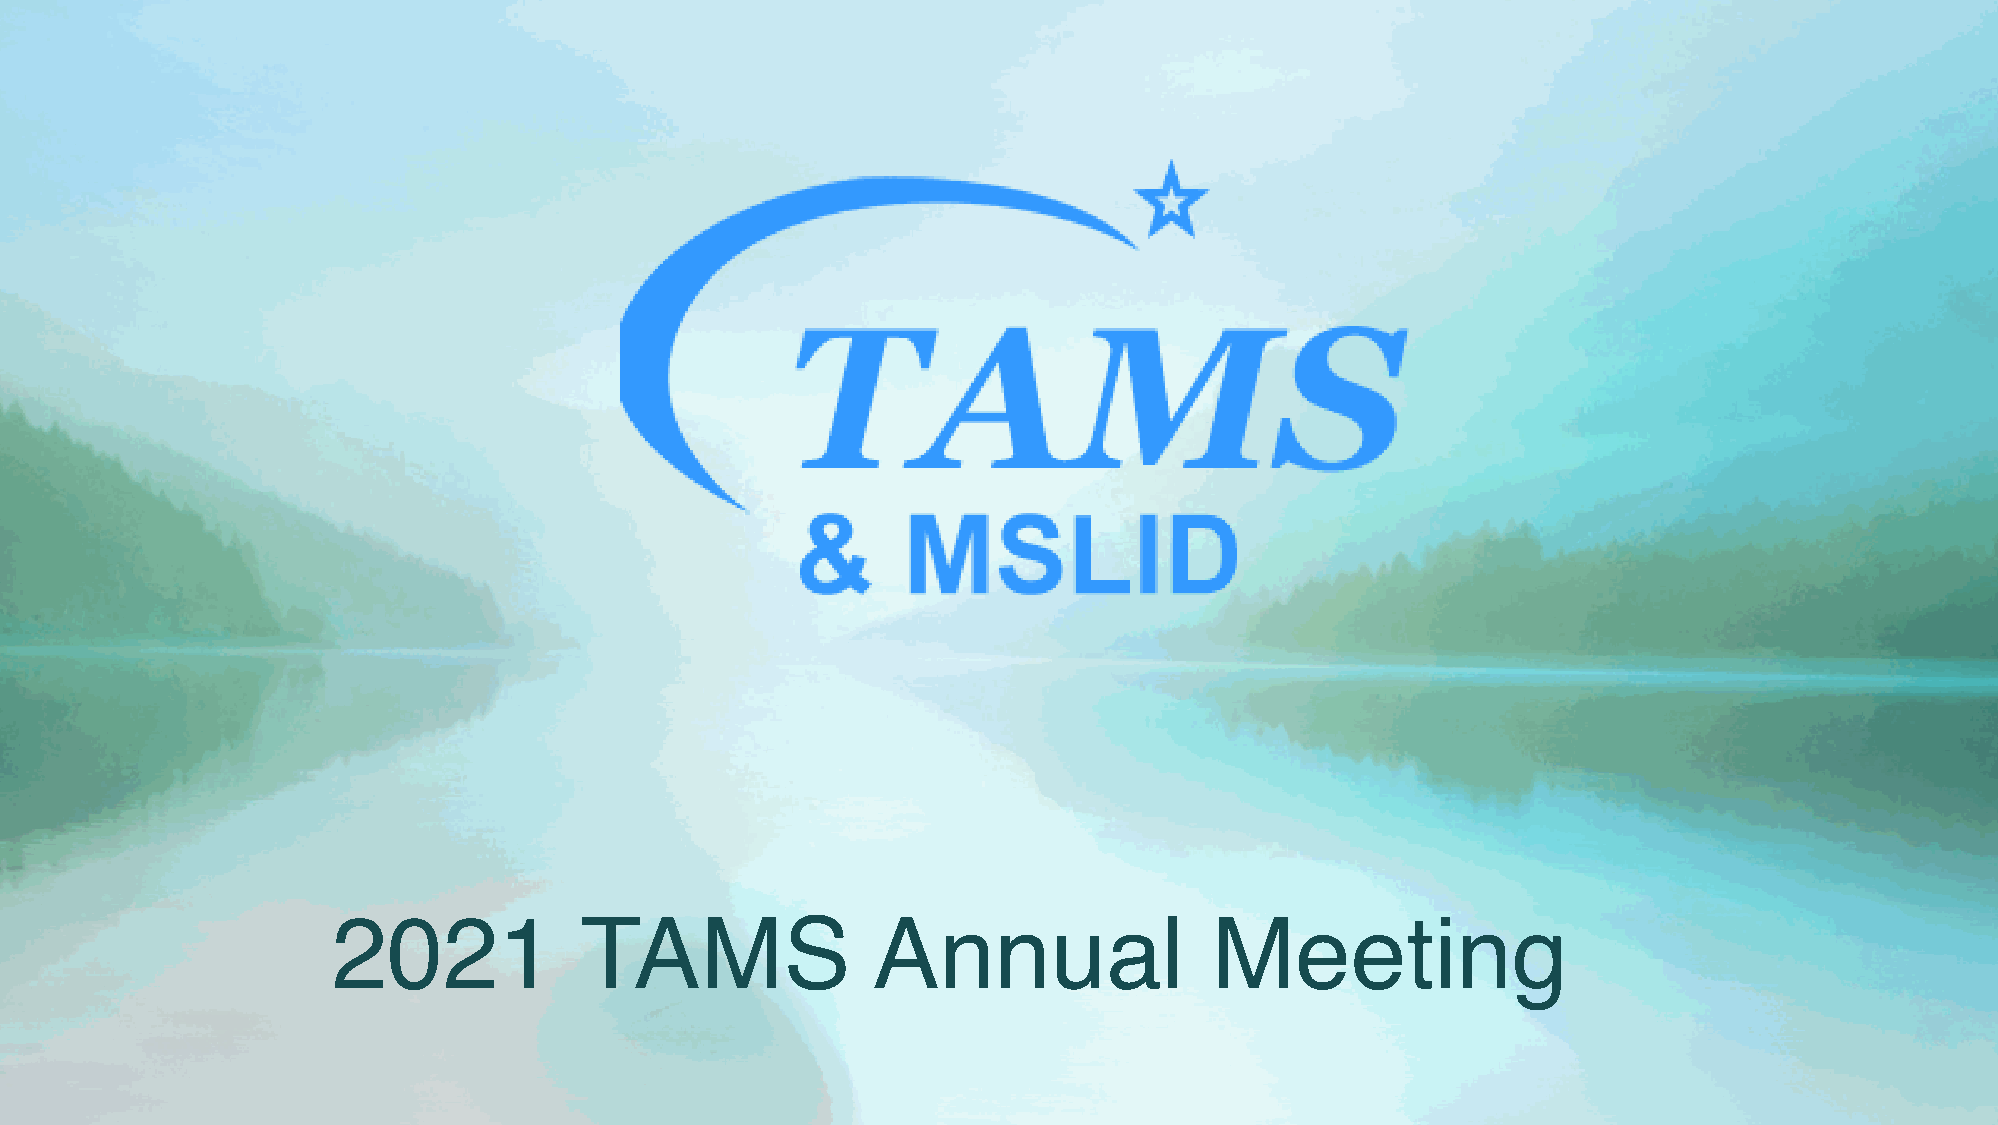
2021            TAMS                Annual                Meeting